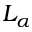
L _ { \alpha }